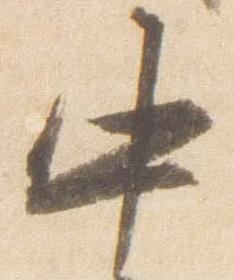
中